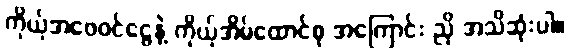
ကိုယ့်အဖေဝင်ငွေနဲ့ ကိုယ့်အိမ်ထောင်စု အကြောင်း ညို အသိဆုံးပါ။